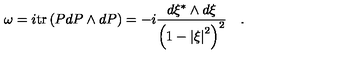
\omega = i \mathrm { t r } \left( { P d P \wedge d P } \right) = - i { \frac { d \xi ^ { * } \wedge d \xi } { \left( { 1 - \left| \xi \right| ^ { 2 } } \right) ^ { 2 } } } \quad .